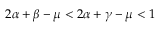
2 \alpha + \beta - \mu < 2 \alpha + \gamma - \mu < 1